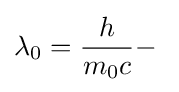
\lambda _{0}={\frac {h}{m_{0}c}}-\